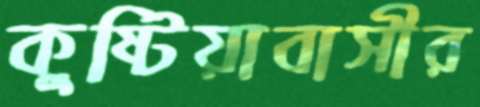
কুষ্টিয়াবাসীর